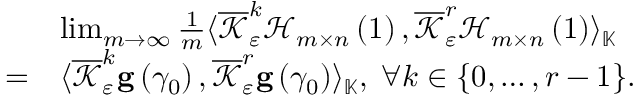
\begin{array} { r l } & { \operatorname* { l i m } _ { m \rightarrow \infty } \frac { 1 } { m } \langle \overline { { \mathcal { K } } } _ { \varepsilon } ^ { k } \mathcal { H } _ { m \times n } \left( 1 \right) , \overline { { \mathcal { K } } } _ { \varepsilon } ^ { r } \mathcal { H } _ { m \times n } \left( 1 \right) \rangle _ { \mathbb { K } } } \\ { = } & { \langle \overline { { \mathcal { K } } } _ { \varepsilon } ^ { k } \mathbf { g } \left( \gamma _ { 0 } \right) , \overline { { \mathcal { K } } } _ { \varepsilon } ^ { r } \mathbf { g } \left( \gamma _ { 0 } \right) \rangle _ { \mathbb { K } } , \; \forall k \in \{ 0 , \ldots , r - 1 \} . } \end{array}